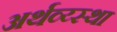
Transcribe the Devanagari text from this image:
अर्थव्य्स्था